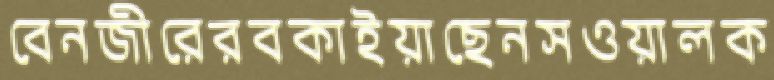
বেনজীরেরবকাইয়াছেনসওয়ালক